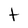
Character: t